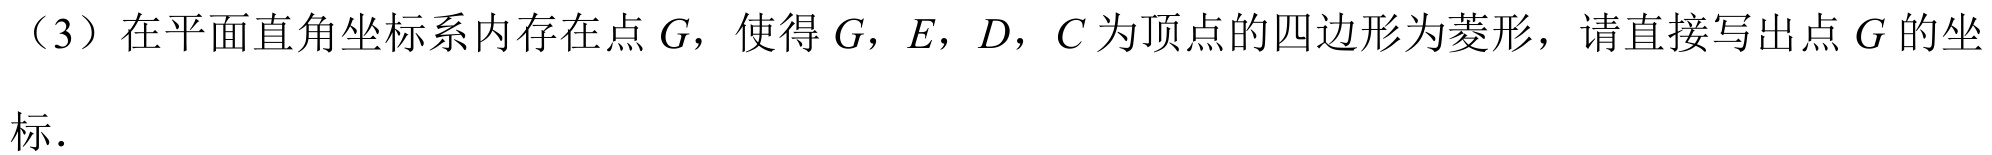
（3）在平面直角坐标系内存在点 \(G\)，使得 \(G\)，\(E\)，\(D\)，\(C\) 为顶点的四边形为菱形，请直接写出点 \(G\) 的坐标.